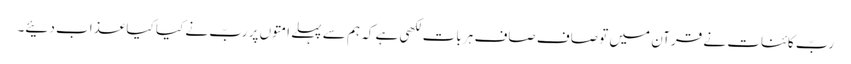
ربّ کائنات نے قرآن میں تو صاف صاف ہر بات لکھی ہے کہ ہم سے پہلے امتوں پر ربّ نے کیا کیا عذاب دئیے۔